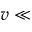
v \ll